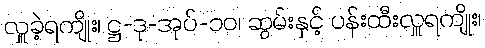
လှူခဲ့ရကျိုး၊ ဋ္ဌ-ဒု-အုပ်-၁၀၊ ဆွမ်းနှင့် ပန်းထီးလှူရကျိုး၊